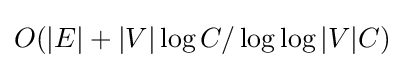
O(|E|+|V|\log C/\log \log |V|C)